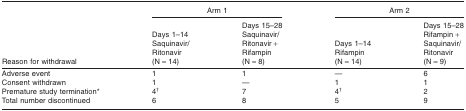
<table><thead><tr><td></td><td colspan="2"><b>Arm 1</b></td><td colspan="2"><b>Arm 2</b></td></tr><tr><td><b>Reason for withdrawal</b></td><td><b>Days 1–14 Saquinavir/Ritonavir (N = 14)</b></td><td><b>Days 15–28 Saquinavir/Ritonavir + Rifampin (N = 8)</b></td><td><b>Days 1–14 Rifampin (N = 14)</b></td><td><b>Days 15–28 Rifampin + Saquinavir/Ritonavir (N = 9)</b></td></tr></thead><tbody><tr><td>Adverse event</td><td>1</td><td>1</td><td>—</td><td>6</td></tr><tr><td>Consent withdrawn</td><td>1</td><td>—</td><td>1</td><td>1</td></tr><tr><td>Premature study termination*</td><td>4†</td><td>7</td><td>4†</td><td>2</td></tr><tr><td>Total number discontinued</td><td>6</td><td>8</td><td>5</td><td>9</td></tr></tbody></table>